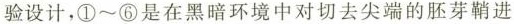
验设计，①~⑥是在黑暗环境中对切去尖端的胚芽鞘进